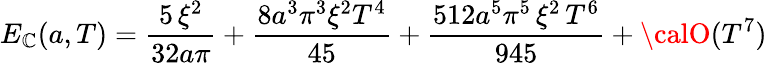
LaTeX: E_{\mathbb{C}}(a,T)=\frac{{5\, \xi^{2}}}{{32a\pi}}+\frac{{8a^{3}\pi^{3}\xi^{2}{T^{4}}}}{{45}}+\frac{{512a^{5}\pi^{5}\, \xi^{2}\, {T^{6}}}}{{945}}+{\calO}(T^{7})